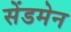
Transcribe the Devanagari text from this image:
सेंडमेन